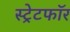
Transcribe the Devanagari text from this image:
स्ट्रेटफॉर